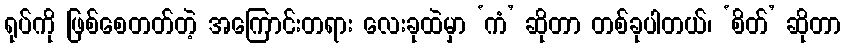
ရုပ်ကို ဖြစ်စေတတ်တဲ့ အကြောင်းတရား လေးခုထဲမှာ ‘ကံ’ ဆိုတာ တစ်ခုပါတယ်၊ ‘စိတ်’ ဆိုတာ